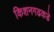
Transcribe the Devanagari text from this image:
किशनगढकडे